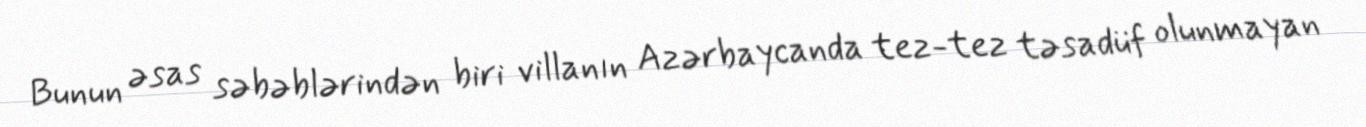
Bunun əsas səbəblərindən biri villanın Azərbaycanda tez-tez təsadüf olunmayan